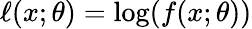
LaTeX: \ell(x;\theta)=\log(f(x;\theta))